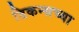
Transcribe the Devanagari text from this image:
डिकन्सच्या